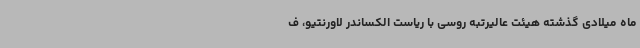
ماه میلادی گذشته هیئت عالیرتبه روسی با ریاست الکساندر لاورنتیو، ف